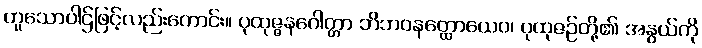
ဟူသောပါဌ်ဖြင့်လည်းကောင်း။ ပုထုဇ္ဇနဂေါတ္တာ ဘိဘဝနတ္ထောယေဝ၊ ပုထုဇဉ်တို့၏ အနွယ်ကို